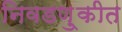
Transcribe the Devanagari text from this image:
निवडणु्कीत